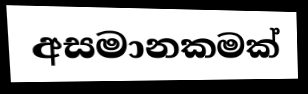
අසමානකමක්